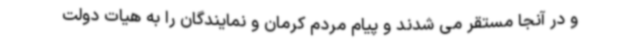
و در آنجا مستقر می شدند و پیام مردم کرمان و نمایندگان را به هیات دولت